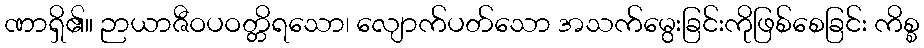
ဏာရှိ၏။ ဉာယာဇီဝပဝတ္တိရသော၊ လျောက်ပတ်သော အသက်မွေးခြင်းကိုဖြစ်စေခြင်း ကိစ္စ